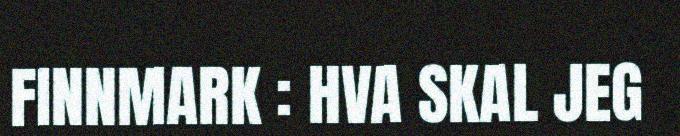
FINNMARK : HVA SKAL JEG